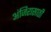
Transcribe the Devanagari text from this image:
अंजिरासाठी